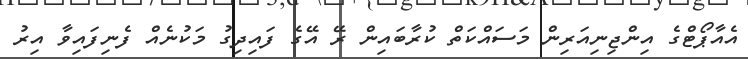
އެއާޕޯޓްގެ އިންޖިނިއަރިން މަސައްކަތް ކުރާބައިން ރޭ އޭގެ ފައިދިގު މަކުނެއް ފެނިފައިވާ އިރު